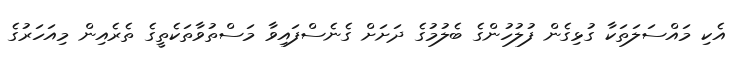
އެކި މައްސަލަތަކާ ގުޅިގެން ފުލުހުންގެ ބެލުމުގެ ދަށަށް ގެނެސްފައިވާ މަސްތުވާތަކެތީގެ ތެރެއިން މިއަހަރުގެ